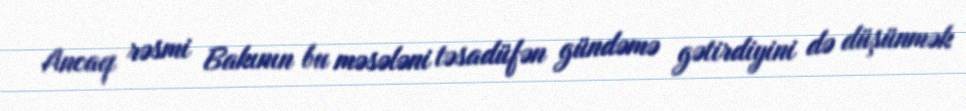
Ancaq rəsmi Bakının bu məsələni təsadüfən gündəmə gətirdiyini də düşünmək